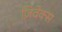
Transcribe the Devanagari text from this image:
ज़िवेक्स